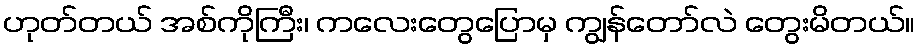
ဟုတ်တယ် အစ်ကိုကြီး၊ ကလေးတွေပြောမှ ကျွန်တော်လဲ တွေးမိတယ်။